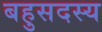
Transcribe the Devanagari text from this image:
बहुसदस्य